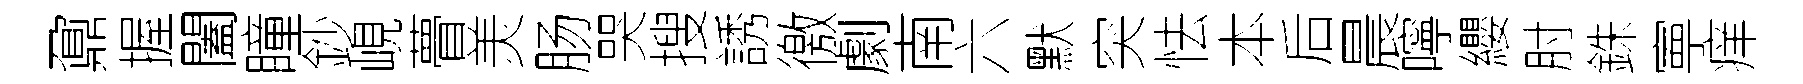
鼐握闔瞳鈔峴瞢羙肠哭搜誘徼劇南六默突怯本后晨嚀纓肘銖寕痒